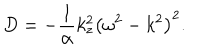
D = - { \frac { 1 } { \alpha } } k _ { z } ^ { 2 } \left( \omega ^ { 2 } - k ^ { 2 } \right) ^ { 2 } .